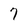
Character: 7